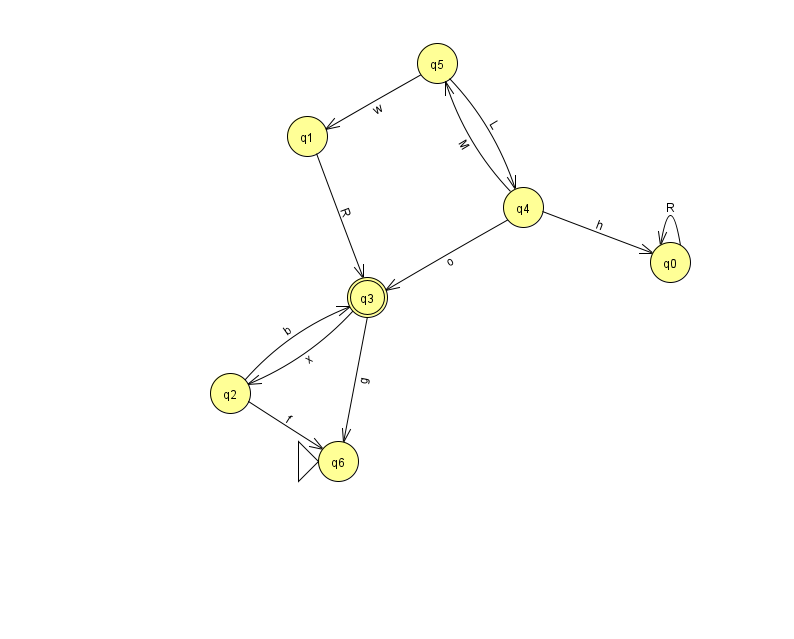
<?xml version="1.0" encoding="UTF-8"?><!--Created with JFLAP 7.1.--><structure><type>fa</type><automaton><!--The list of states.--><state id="0" name="q0"><x>670.0</x><y>249.0</y></state><state id="1" name="q1"><x>307.0</x><y>123.0</y></state><state id="2" name="q2"><x>230.0</x><y>380.0</y></state><state id="3" name="q3"><x>367.0</x><y>284.0</y><final/></state><state id="4" name="q4"><x>523.0</x><y>194.0</y></state><state id="5" name="q5"><x>437.0</x><y>50.0</y></state><state id="6" name="q6"><x>338.0</x><y>448.0</y><initial/></state><!--The list of transitions.--><transition><from>4</from><to>0</to><read>h</read></transition><transition><from>0</from><to>0</to><read>R</read></transition><transition><from>2</from><to>3</to><read>b</read></transition><transition><from>5</from><to>1</to><read>w</read></transition><transition><from>2</from><to>6</to><read>f</read></transition><transition><from>5</from><to>4</to><read>L</read></transition><transition><from>1</from><to>3</to><read>R</read></transition><transition><from>3</from><to>6</to><read>g</read></transition><transition><from>4</from><to>3</to><read>o</read></transition><transition><from>4</from><to>5</to><read>M</read></transition><transition><from>3</from><to>2</to><read>x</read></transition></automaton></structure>